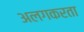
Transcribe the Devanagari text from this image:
अलगकरता